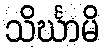
သိင်္ဃာမိ